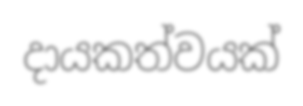
දායකත්වයක්